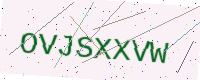
Text: OVJSXXVW